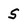
Character: S